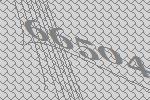
66504